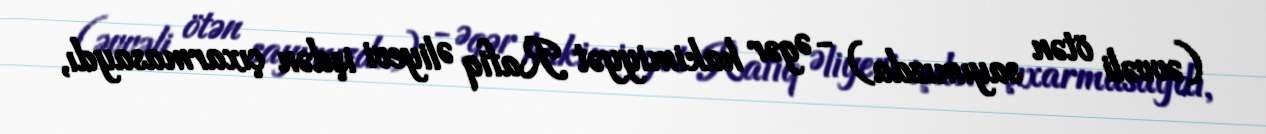
(əvvəli ötən sayımızda) - Əgər hakimiyyət Rafiq Əliyevi işdən çıxarmasaydı,